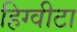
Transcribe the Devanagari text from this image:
हिग्वीटा